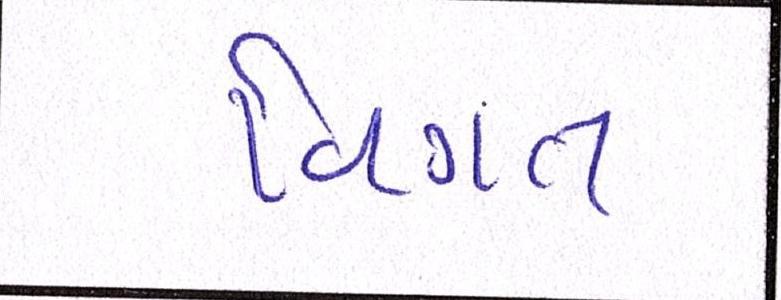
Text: વિગત